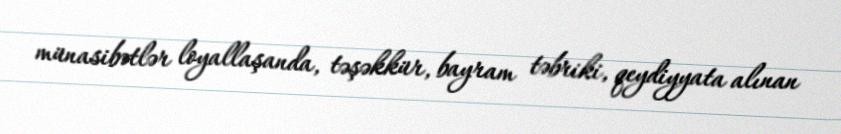
münasibətlər loyallaşanda, təşəkkür, bayram təbriki, qeydiyyata alınan